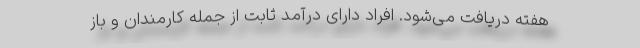
هفته دریافت می‌شود. افراد دارای درآمد ثابت از جمله کارمندان و باز